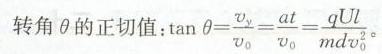
转角θ的正切值： \tan \theta = \frac{v_{y}}{\nu _{0}}= \frac{at}{\nu _{0}}= \frac{qUl}{mdv_{0}^{2}}。